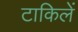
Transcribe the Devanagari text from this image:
टाकिलें